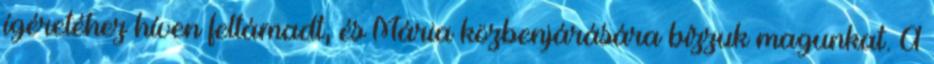
ígéretéhez híven feltámadt, és Mária közbenjárására bízzuk magunkat. A